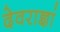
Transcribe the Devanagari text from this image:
देवराज्ञां